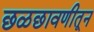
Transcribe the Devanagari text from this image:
छळछावणीतून